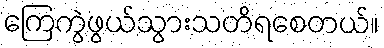
ကြေကွဲဖွယ်သွားသတိရစေတယ်။